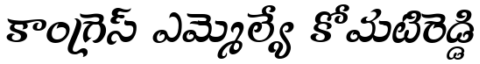
కాంగ్రెస్ ఎమ్మెల్యే కోమటిరెడ్డి